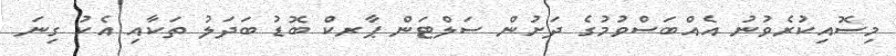
މިސޮއިކުރެވުނު އެއްބަސްވުމުގެ ދަށުން ސަލްޓަން ޕާރކް ބޮޑު ބަދަލު ތަކާއި އެކު ގިނަ